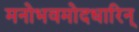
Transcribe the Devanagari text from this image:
मनोभवमोदधारिन्